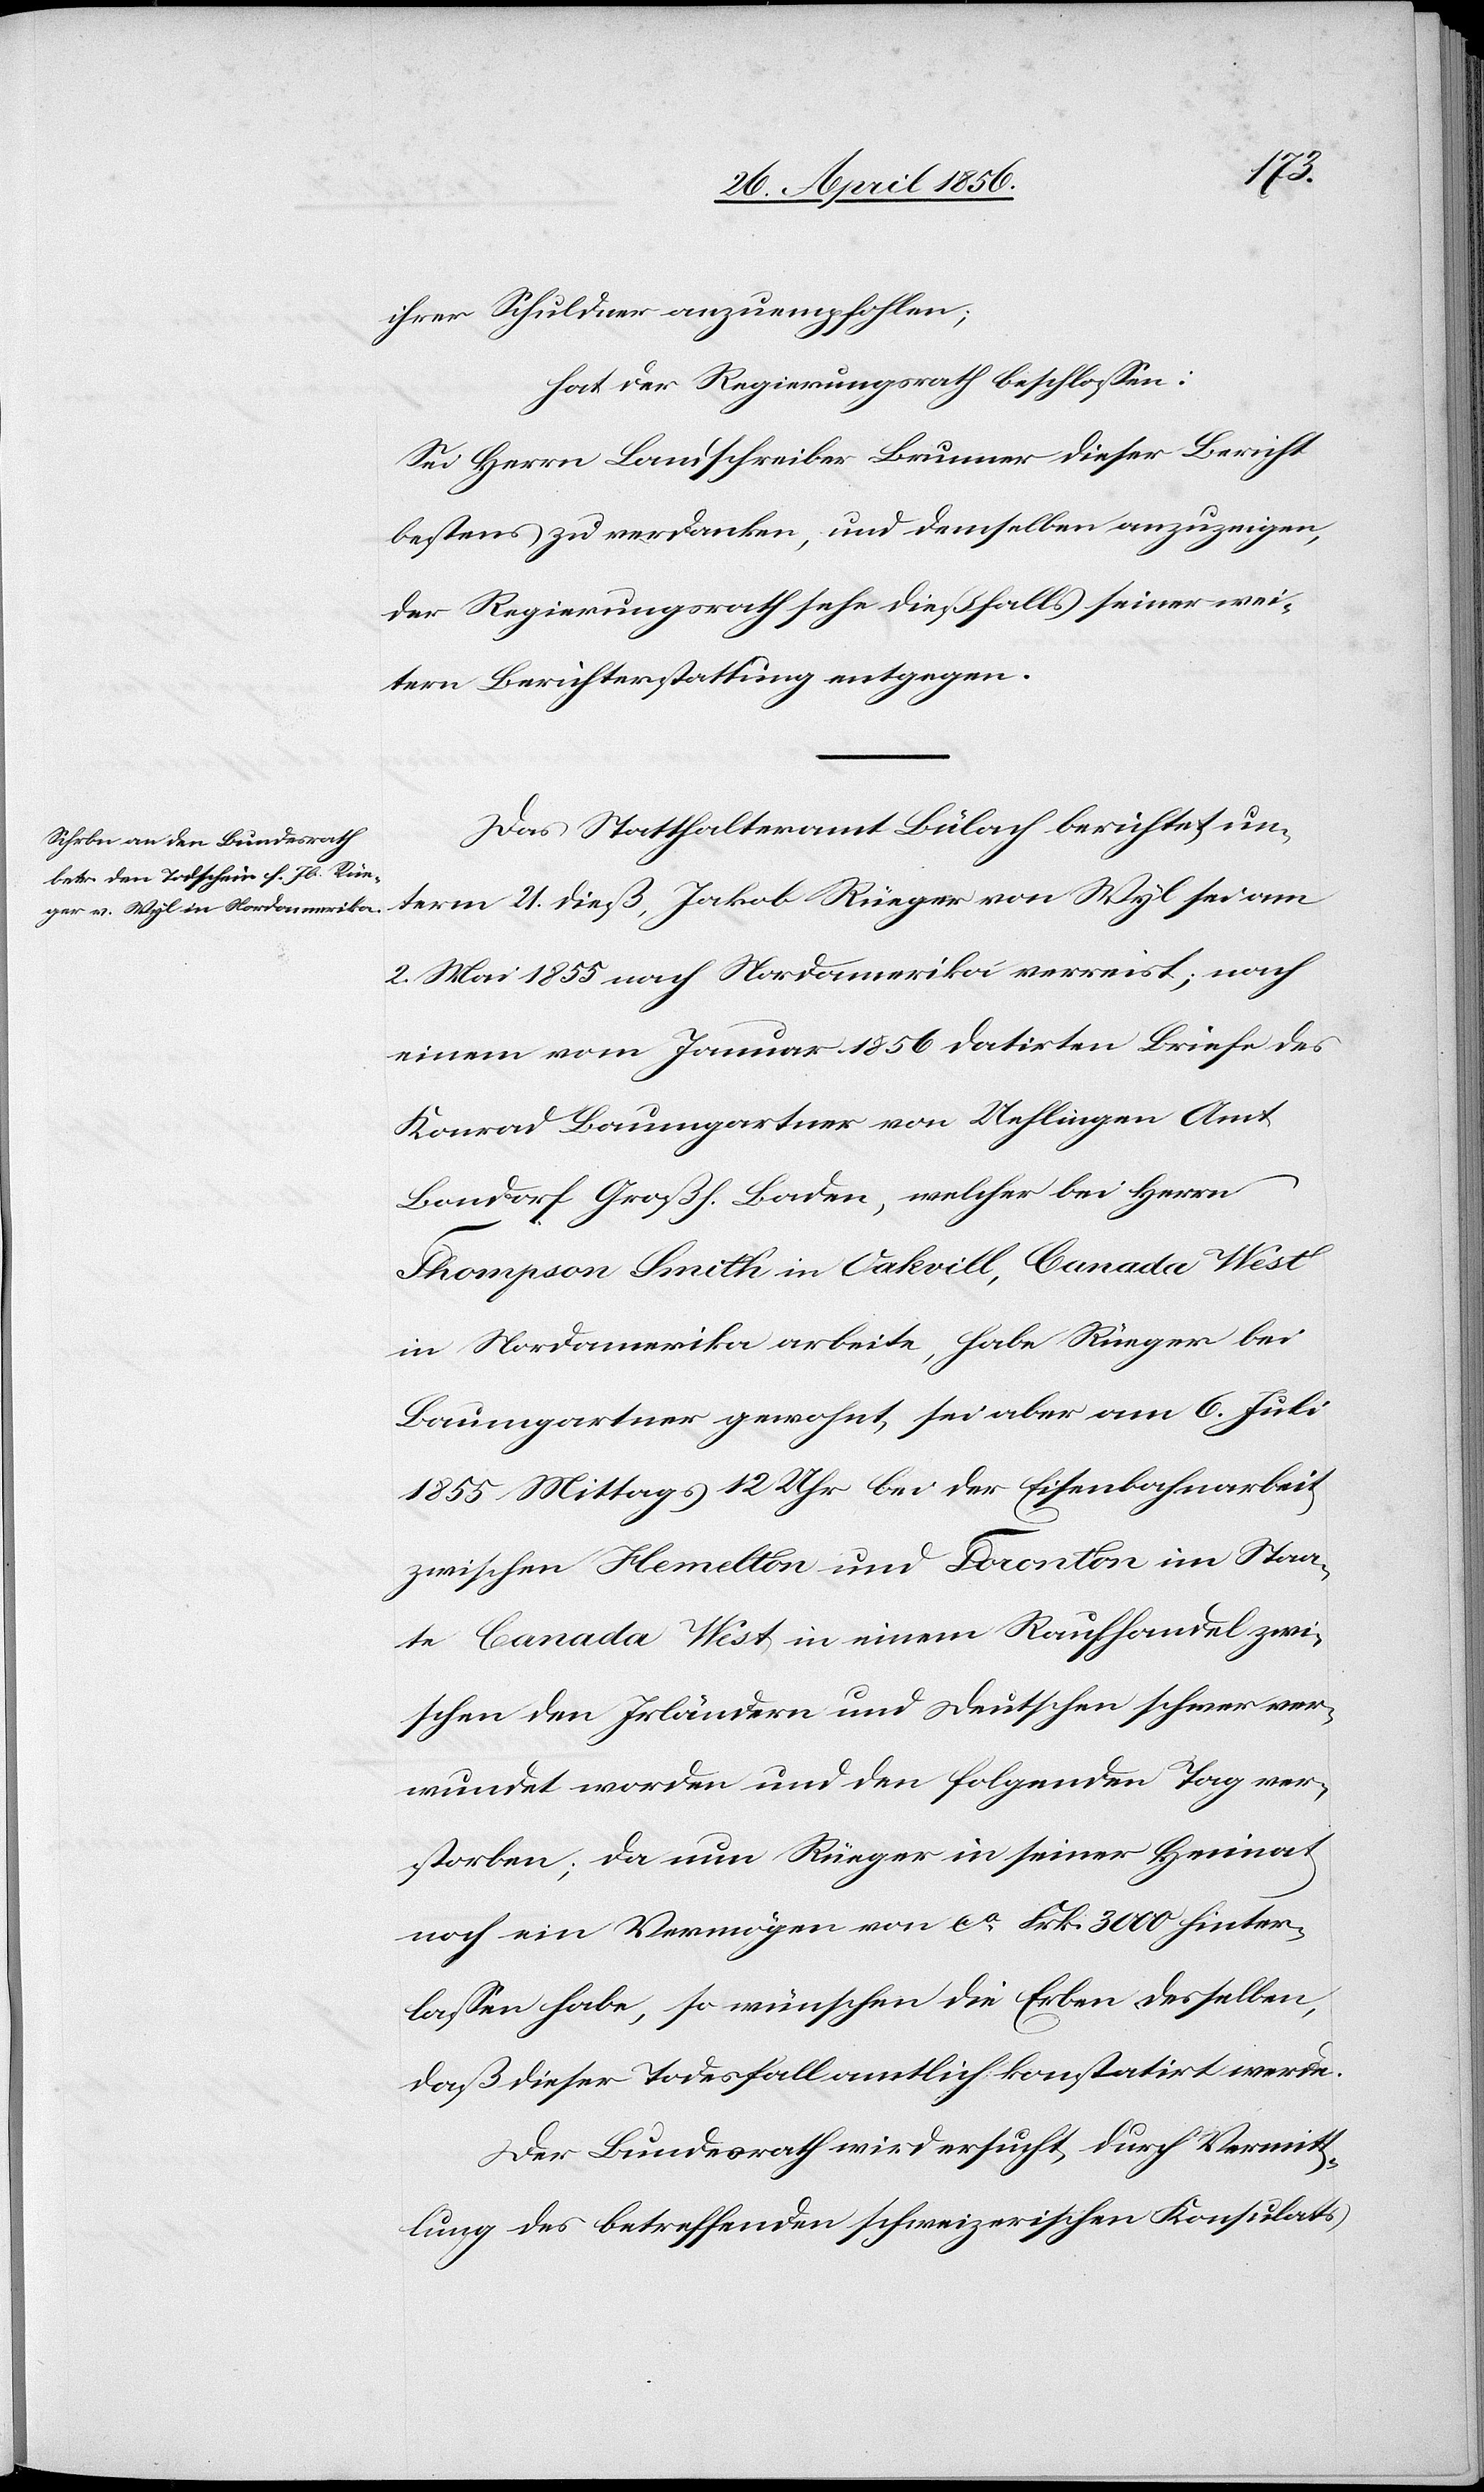
ihrer Schuldner anzuempfohlen
hat der Regierungsrath beschlossen:
Sei Herrn Landschreiber Brunner dieser Bericht
bestens zu verdanken, und denselben anzuzeigen,
der Regierungsrath sehe dießfalls seiner wei¬
tern Berichterstattung entgegen.
Das Statthalteramt Bülach berichtet un¬
term 21. dieß, Jakob Rüeger von Wyl sei am
2. Mai 1855 nach Nordamerika verreist; nach
einem vom Januar 1856 datirten Briefe des
Konrad Baumgartner von Uehlingen Amt
Bandorf Großf. Baden, welcher bei Herrn
Thompson Smith in Oakvill, Canada West
in Nordamerika arbeite, habe Rüeger bei
Baumgartner gewohnt, sei aber am 6. Juli
1855 Mittags 12 Uhr bei der Eisenbahnarbeit
zwischen Hemelton und Toronton im Staa¬
te Canada West in einem Raufhandel zwi¬
schen den Irländern und Deutschen schwer ver¬
wundet worden und den folgenden Tag ver¬
storben; da nun Rüeger in seiner Heimat
noch ein Vermögen von ca Frk. 3000 hinter¬
lassen habe, so wünschen die Erben desselben,
daß dieser Todesfall amtlich konstatirt werde.
Der Bundesrath wird ersucht, durch Vermitt¬
lung des betreffenden schweizerischen Konsulats